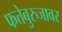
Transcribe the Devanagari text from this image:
फत्तेबुरुजावर